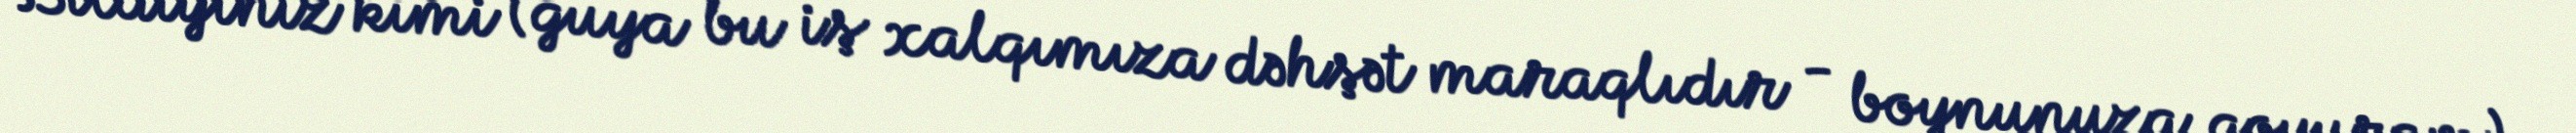
Bildiyiniz kimi (guya bu iş xalqımıza dəhşət maraqlıdır - boynunuza qoyuram),